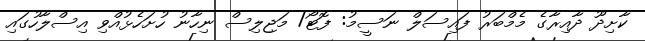
ކާށިދޫ ދާއިރާގެ މެމްބަރު ފައިސަލް ނަސީމު: ފޮޓޯ/ މަޖިލިސް ނިހާނު ހުށަހެޅުއްވި އިސްލާހުގައި